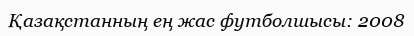
Қазақстанның ең жас футболшысы: 2008